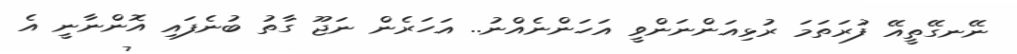
ނޭނގޭތީއޭ ފުރަތަމަ ރުޅިއަންނަންވީ އަހަންނެއްނު.. އަހަރެން ނަޖޫ ގާތު ބުނެފައި އޮންނާނީ އެ